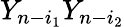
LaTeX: Y_{n-i_{1}}Y_{n-i_{2}}